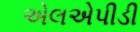
એલએપીડી